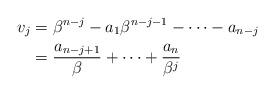
LaTeX: \begin{align*}v_{j}&=\beta^{n-j}-a_1\beta^{n-j-1}-\cdots-a_{n-j}\\&=\frac{a_{n-j+1}}{\beta}+\cdots+\frac{a_n}{\beta^j}\end{align*}